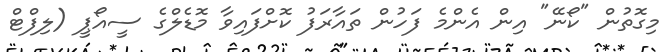
މިގޮތުން "ކޯނޭ" އިން އެންމެ ފަހުން ތައާރަފު ކޮށްފައިވާ މޮޑެލްގެ ސީއޯޕީ (ލިފްޓް